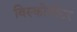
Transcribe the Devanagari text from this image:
विस्कोमीटर